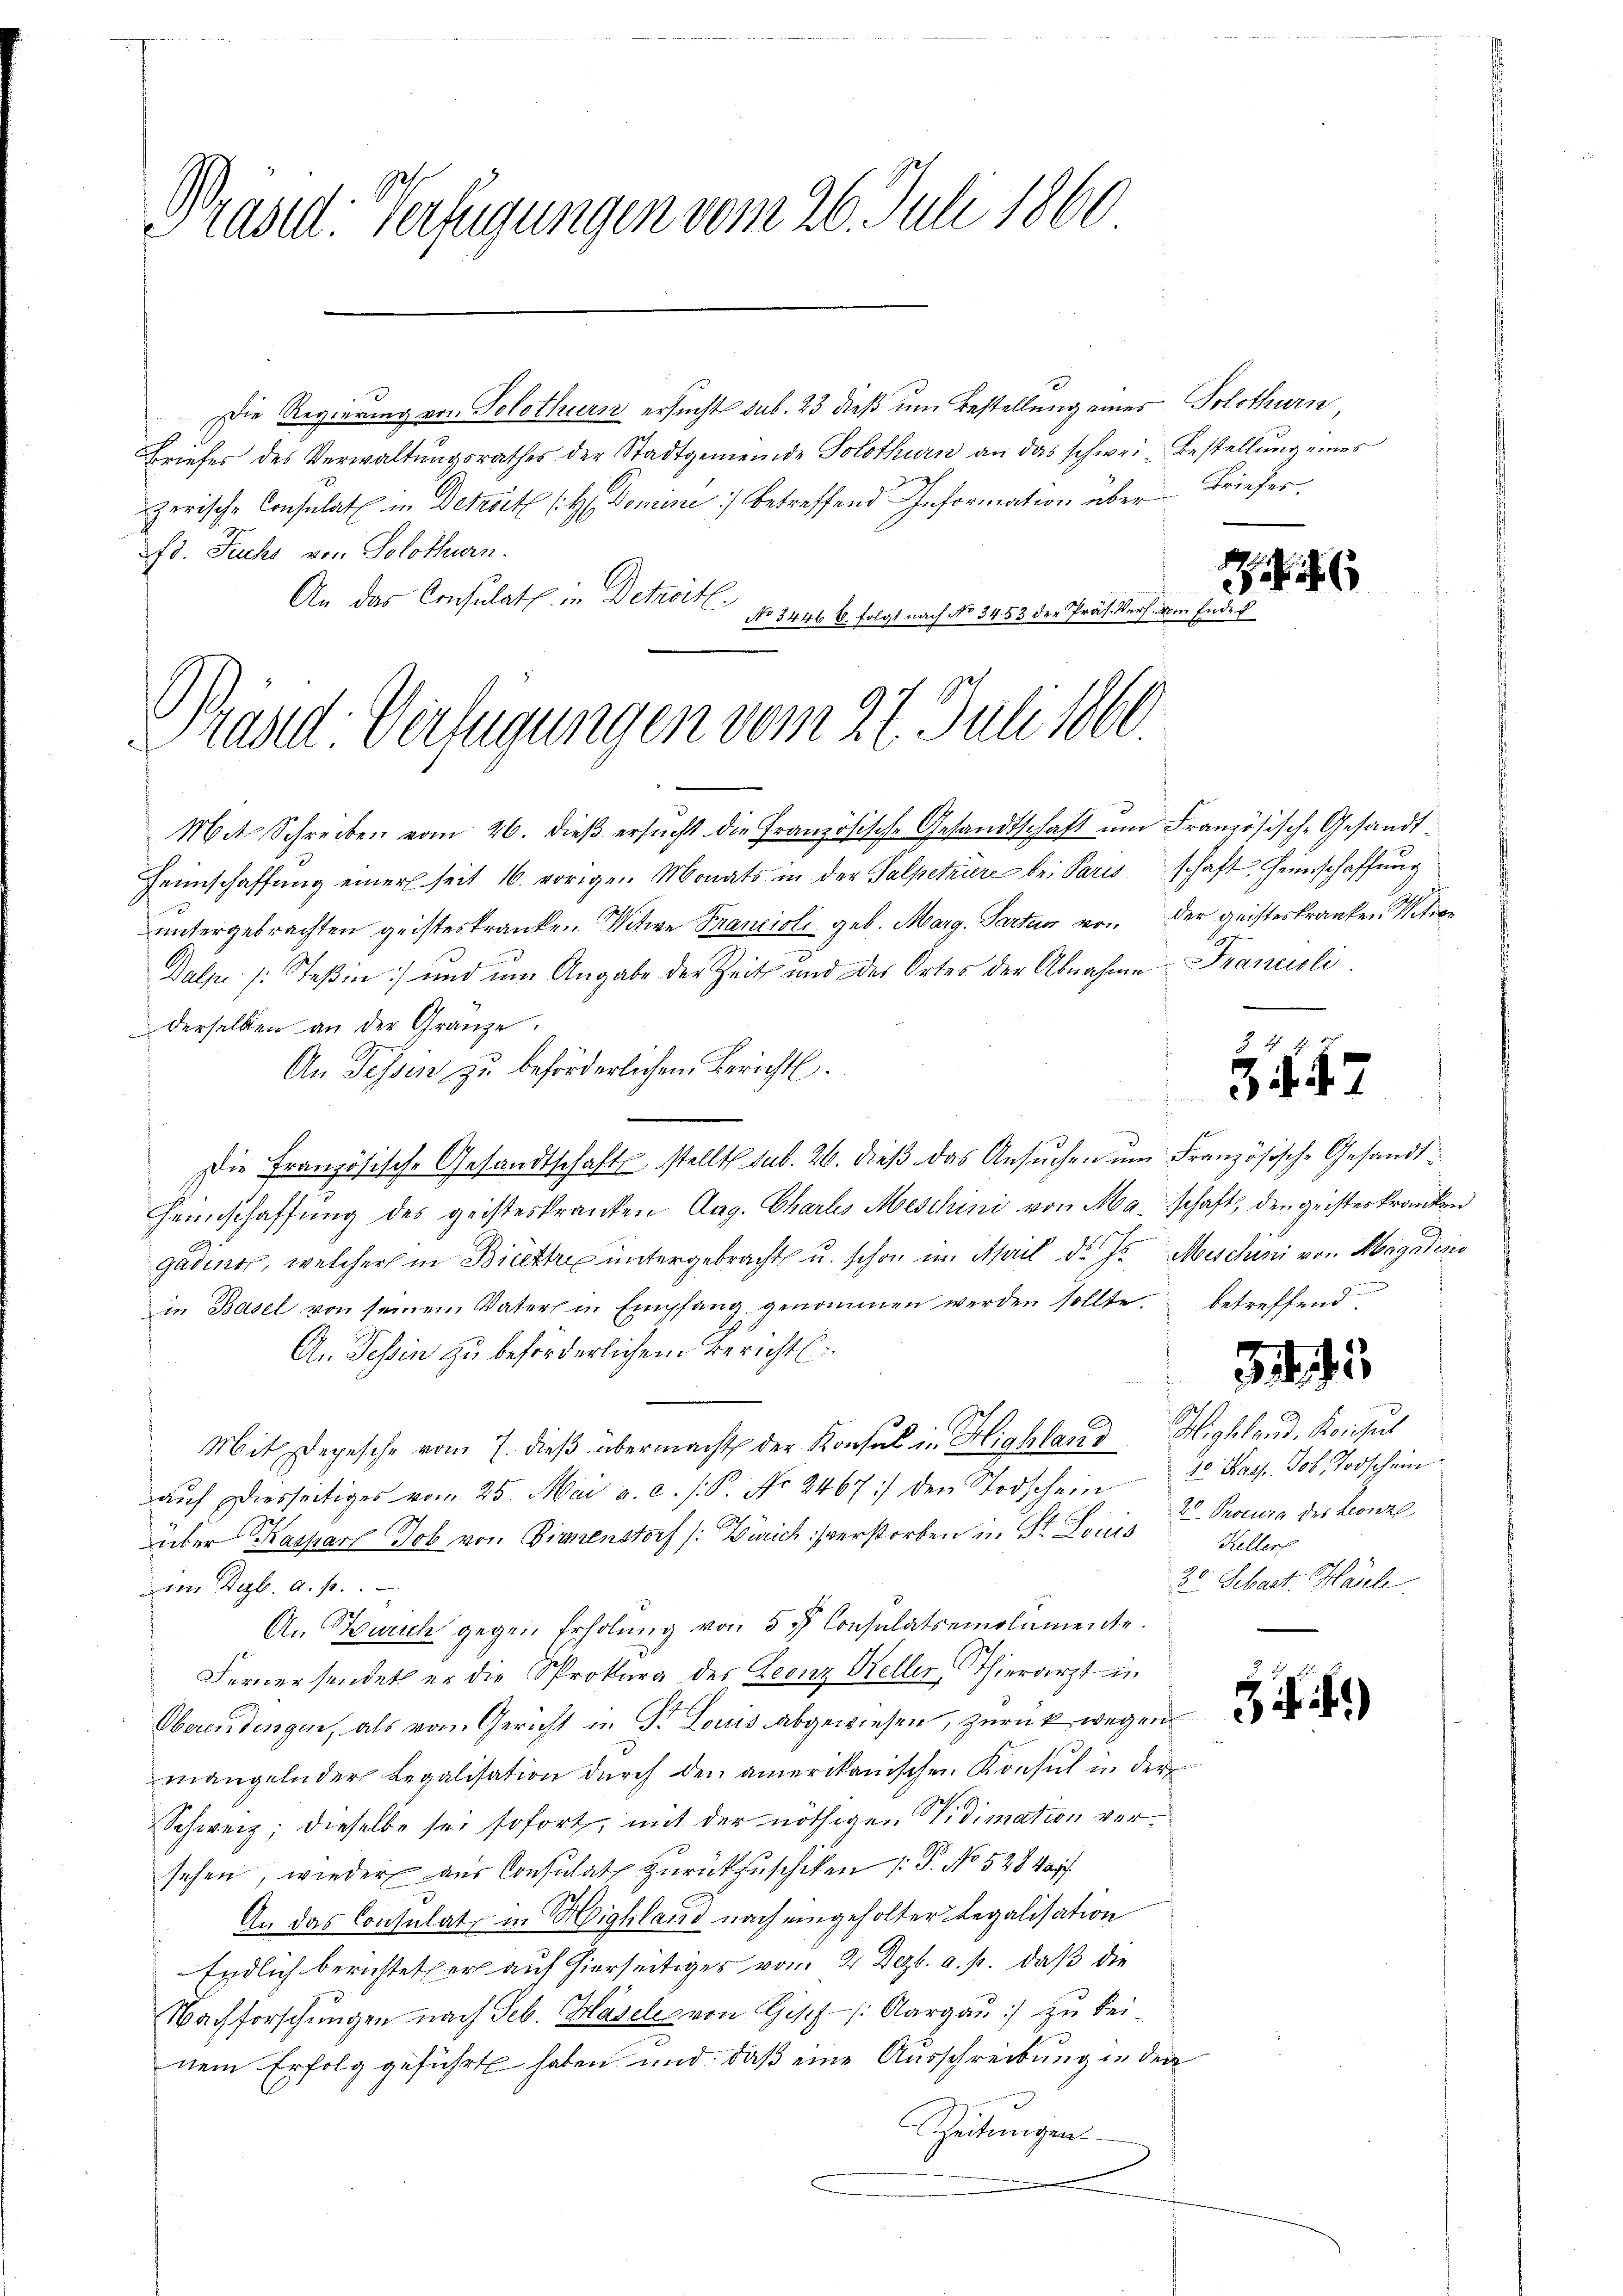
Präsel: Verfügungen vom 26. Juli 1860

Die Regierung von Solothurn ersucht sub. 23 dieß um Bestellung eines Solothurn
Briefes des Verwaltungsrathes der Stadtgemeinde Solothurn an das schwei- Bestellung eines
zerische Consulat in Detail (H. Domine] betreffend Information über Brieferfd. Fuchs von Solothurn.
An das Consulat in Detwortl
No 3446 6. folgt nach No 3453 der Präs. Verf. am Ende

Brand Verfügungen vom 27. Juli 1866.

Mit Schreiben vom 26. dieβ ersŭcht die Französische Gesandtschaft ŭm Französisch-Gesandt-
Heimschaffung einer seit 16. vorigen Monats in der Salpetriere bei Paris schaft, Heimschaffung
untergebrachten geisteskranken Witwe Francioli geb. Marg. Parten von der geisteskranken Peten
Dalpe /: Teßin und um Angabe der Zeit und des Ortes der Abnahme Franuoli.
derselben an der Gränze.
An Tessin zu beförderlichem Bericht.
e
Die Französisch-Gesandtschaft stellt sub. 26. dieβ das Ansŭchen ŭm Französische Gesandt¬
Heimschaffung des geisteskranken Aug. Chartes Meschini von Maschaft, den geisteskranken
gadino, welcher in Biethe untergebracht u. schon im April d. Js. Meschini von Magadens
in Basel von seinem Vaters in Empfang genommen werden sollte.
An Tessin zu beforderlichem Berichts
Mit depesche vom 7. dieß übermacht der Konsul in Highland Highland, Konsul
aŭf diesseitiges vom 25. Mai a. c. s. P. Nr. 2467:) den Todschein 20 Kap. Job. Todschein
über Kaspar Job von Birmenstorf (: Zürich verstorben in St. Louis
Dem Dezb. a. p.
An Zürich gegen Erholŭng von 5 f Consulatsemolumente.
Fernersendet er die Sprokura des Leonz Keller, Thierarzt in
Oberendingen, als vom Gericht in Dr. Louis abgewiesen, zurück wegen
mangelnder Legalisation dŭrch den amerikanischen Konsul in der
Schweiz, dieselbe sei sofort, mit der nöthigen Vidimation versehen, wieder aus Consulat zurückzuschiken (T. No 52840.
An das Consulat in Highland nach eingeholter Legalisation
Endlich beruhteter auf hierseitiges vom 2. Dezb. a. p. daß die
Nachforschungen nach Seb. Hasels von Gipf /: Aargau) zu bei-
nem Erfolg geführt haben und daß eine Ausschreibung in den
Zeitungen

Z. 47

u
betreffend

3

2 Procura des Leonzl
Keller
30. Sebast. Hasel

)